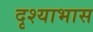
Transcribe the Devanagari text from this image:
दृश्याभास